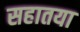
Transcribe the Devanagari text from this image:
सहातया